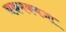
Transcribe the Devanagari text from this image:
चकमकवजा